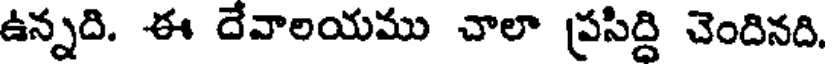
ఉన్నది. ఈ దేవాలయము చాలా ప్రసిద్ది చెందినది,